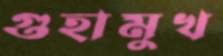
গুহামুখ